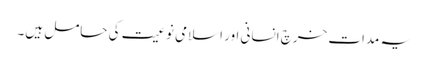
یہ مداتِ خرچ انسانی اور اسلامی نوعیت کی حامل ہیں۔